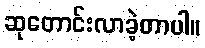
ဆုတောင်းလာခဲ့တာပါ။